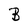
Character: B